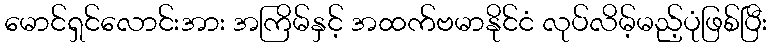
မောင်ရှင်လောင်းအား အကြိမ်နှင့် အထက်ဗမာနိုင်ငံ လုပ်လိမ့်မည့်ပုံဖြစ်ပြီး